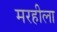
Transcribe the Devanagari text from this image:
मरहीला